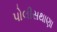
પોલીસથાણા